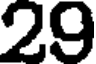
29